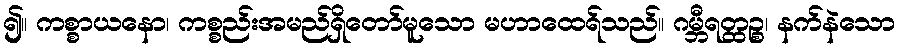
၍။ ကစ္စာယနော၊ ကစ္စည်းအမည်ရှိတော်မူသော မဟာထေရ်သည်။ ဂမ္ဘီရတ္ထဉ္စ၊ နက်နဲသော